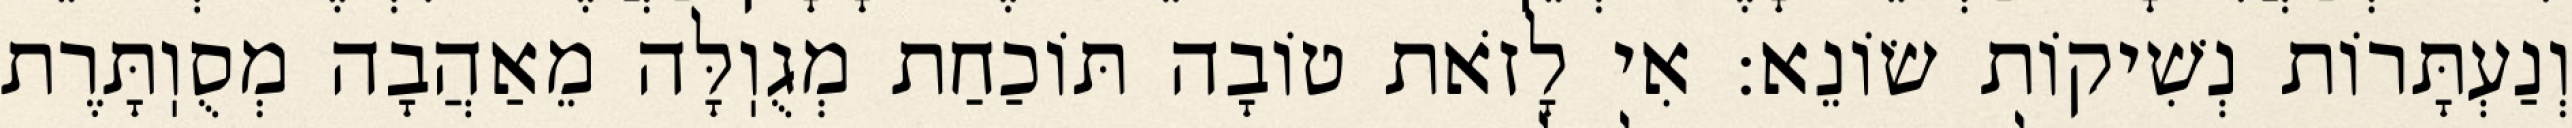
וְנַעְתָּרוֹת נְשִׁיקוֹת שׂוֹנֵא: אִי לָזֹאת טוֹבָה תּוֹכַחַת מְגֻוֽלָּה מֵאַהֲבָה מְסֻוֽתָּרֶת